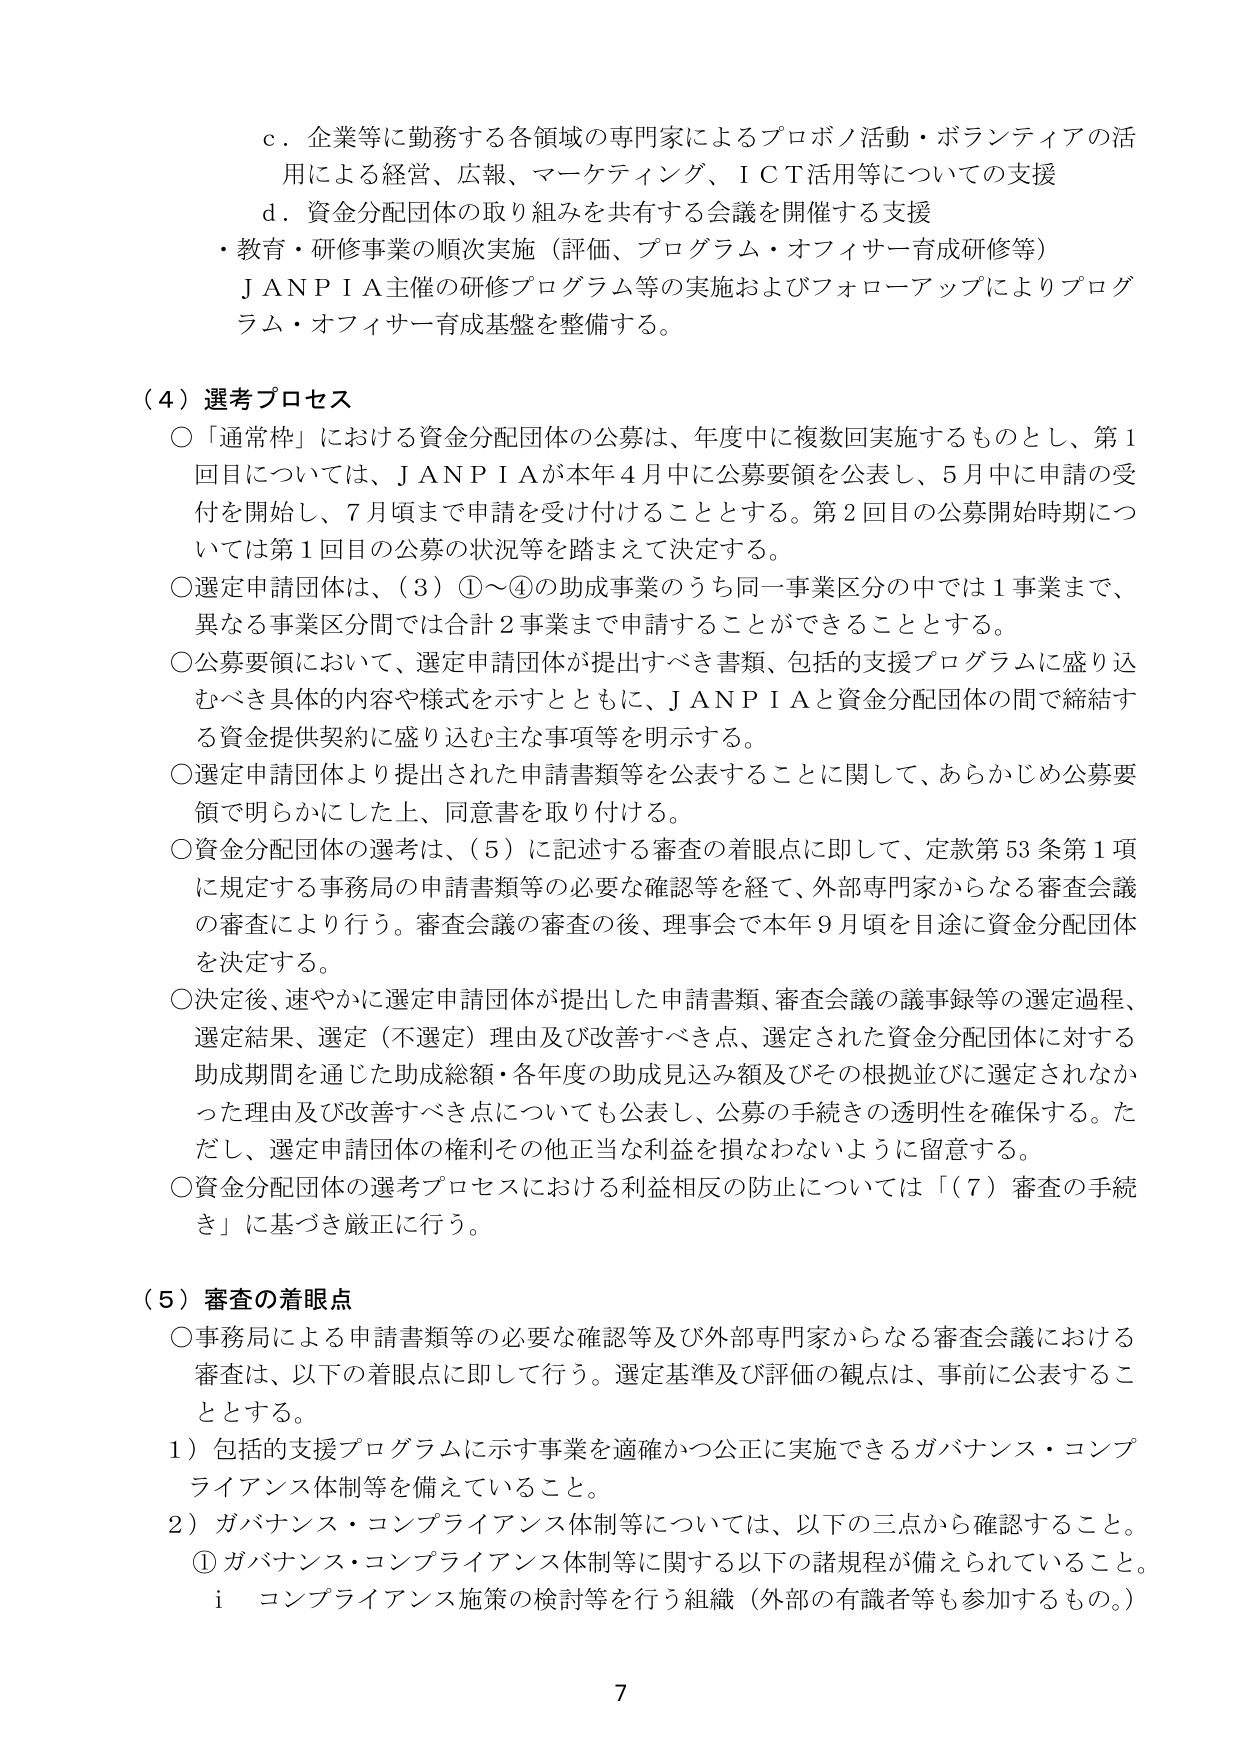
ｃ．企業等に勤務する各領域の専門家によるプロボノ活動・ボランティアの活用による経営、広報、マーケティング、ＩＣＴ活用等についての支援
ｄ．資金分配団体の取り組みを共有する会議を開催する支援
・教育・研修事業の順次実施（評価、プログラム・オフィサー育成研修等）
ＪＡＮＰＩＡ主催の研修プログラム等の実施およびフォローアップによりプログラム・オフィサー育成基盤を整備する。

（４）選考プロセス
○「通常枠」における資金分配団体の公募は、年度中に複数回実施するものとし、第１回目については、ＪＡＮＰＩＡが本年４月中に公募要領を公表し、５月中に申請の受付を開始し、７月頃まで申請を受け付けることとする。第２回目の公募開始時期については第１回目の公募の状況等を踏まえて決定する。
○選定申請団体は、（３）①～④の助成事業のうち同一事業区分の中では１事業まで、異なる事業区分間では合計２事業まで申請することができる 것으로する。
○公募要領において、選定申請団体が提出すべき書類、包括的支援プログラムに盛り込むべき具体的な内容や様式を示すとともに、ＪＡＮＰＩＡと資金分配団体の間で締結する資金提供契約に盛り込む主な事項等を明示する。
○選定申請団体より提出された申請書類等を公表することに関して、あらかじめ公募要領で明らかにした上、同意書を取り付ける。
○資金分配団体の選考は、（５）に記述する審査の着眼点に即して、定款第53条第1項に規定する事務局の申請書類等の必要な確認等を経て、外部専門家からなる審査会議の審査により行う。審査会議の審査の後、理事会で本年９月頃を目途に資金分配団体を決定する。
○決定後、速やかに選定申請団体が提出した申請書類、審査会議の議事録等の選定過程、選定結果、選定（不選定）理由及び改善すべき点、選定された資金分配団体に対する助成期間を通じた助成総額・各年度の助成見込み額及びその根拠並びに選定されなかった理由及び改善すべき点についても公表し、公募の手続きの透明性を確保する。ただし、選定申請団体の権利その他正当な利益を損なわないように留意する。
○資金分配団体の選考プロセスにおける利益相反の防止については「（７）審査の手続き」に基づき厳正に行う。

（５）審査の着眼点
○事務局による申請書類等の必要な確認等及び外部専門家からなる審査会議における審査は、以下の着眼点に即して行う。選定基準及び評価の観点は、事前に公表することとする。
１）包括的支援プログラムに示す事業を適確かつ公正に実施できるガバナンス・コンプライアンス体制等を備えていること。
２）ガバナンス・コンプライアンス体制等については、以下の三点から確認すること。
　① ガバナンス・コンプライアンス体制等に関する以下の諸規程が備えられていること。
　　ｉ コンプライアンス施策の検討等を行う組織（外部の有識者等も参加するもの。）

7